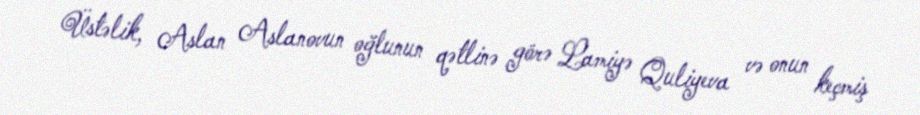
Üstəlik, Aslan Aslanovun oğlunun qətlinə görə Lamiyə Quliyeva və onun keçmiş